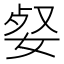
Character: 㛑